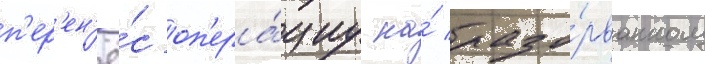
п'ер'ен'ё́с оп'ера́циу на́ разо́рванном